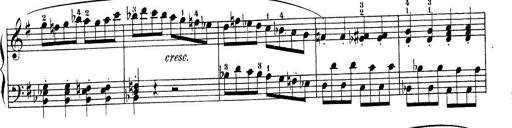
Title: Piano Sonatine No.2
Composer: Peter Piel
Key: G major